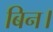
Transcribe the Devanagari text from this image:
बिन।